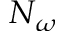
N _ { \omega }